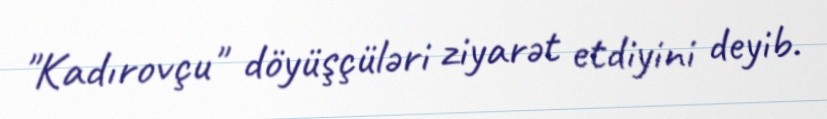
"Kadırovçu" döyüşçüləri ziyarət etdiyini deyib.